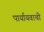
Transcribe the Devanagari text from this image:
पार्यायवाची